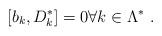
LaTeX: \begin{align*} [ b_k , D^*_k ] = 0 \forall k \in \Lambda^* \ . \end{align*}